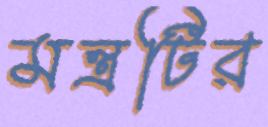
মন্ত্রটির